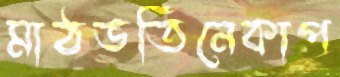
মাঠভর্তিনেকাপ